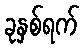
ခုနှစ်ရက်